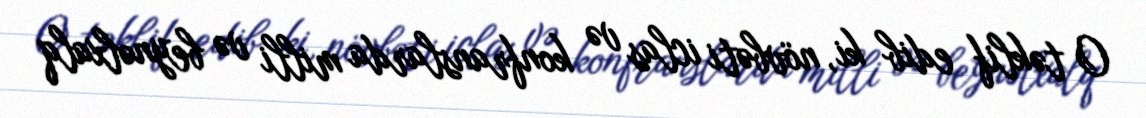
O təklif edib ki, növbəti iclas və konfranslarda milli və beynəlxalq